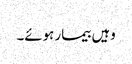
وہیں بیمار ہوئے۔